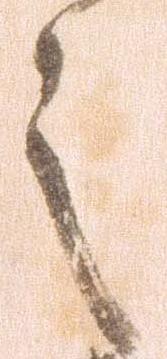
之